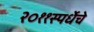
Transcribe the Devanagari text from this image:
२०११स्पर्धेचे